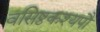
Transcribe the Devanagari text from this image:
वसिष्ठकश्यपौ